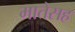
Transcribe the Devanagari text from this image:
मातेसह